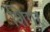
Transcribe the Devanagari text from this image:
शिगर